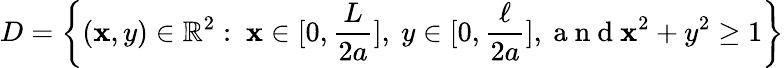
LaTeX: D=\left\{ (\mathbf{x},y)\in\mathbb{{R}}^{2}:\ \mathbf{x}\in[0,\frac{{L}}{{2a}}],\ y\in[0,\frac{{\ell}}{{2a}}],\mathrm{{~a~n~d~}}\mathbf{x}^{2}+y^{2}\geq1\right\}